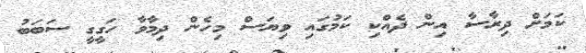
ކަމަށް ދިރާސާ އިން ދެއްކި ކަމުގައި ވިޔަސް މިހެން ދިމާވާ ހަގީގީ ސަބަބު